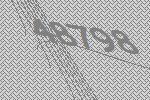
48798